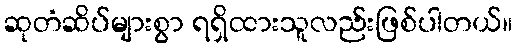
ဆုတံဆိပ်များစွာ ရရှိထားသူလည်းဖြစ်ပါတယ်။